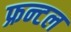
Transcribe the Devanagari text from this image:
फ्रन्‍टल